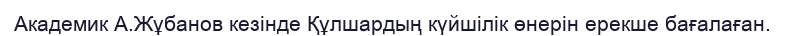
Академик А.Жұбанов кезінде Құлшардың күйшілік өнерін ерекше бағалаған.